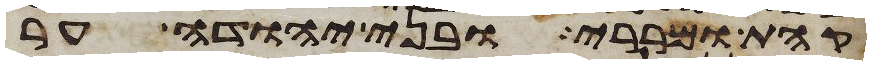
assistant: קהת ומררי ובני יהודה ער